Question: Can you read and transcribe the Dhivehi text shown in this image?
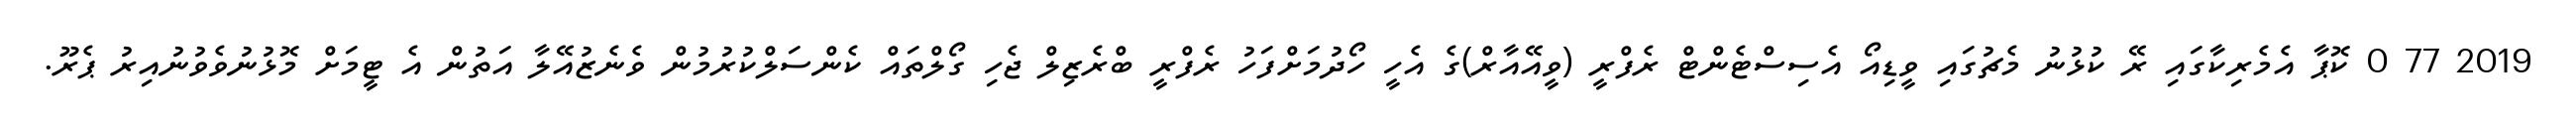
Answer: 2019 77 0 ކޮޕާ އެމެރިކާގައި ރޭ ކުޅުނު މެޗުގައި ވީޑިއޯ އެސިސްޓެންޓް ރެފްރީ (ވީއޭއާރް)ގެ އެހީ ހޯދުމަށްފަހު ރެފްރީ ބްރެޒިލް ޖެހި ގޯލްތައް ކެންސަލްކުރުމުން ވެނެޒުއޭލާ އަތުން އެ ޓީމަށް މޮޅުނުވެވުނުއިރު ޕެރޫ.